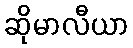
ဆိုမာလီယာ